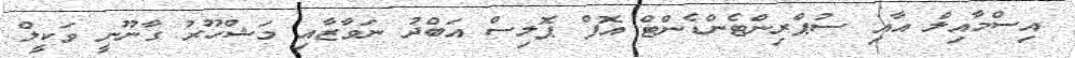
އިސްމާއިލް އާއި ސުޕްރިންޓެންޑެންޓް އޮފް ޕޮލިސް އަބްދު ނަވާޒާއި މަޝްހޫރު ގާނޫނީ ވަކީލް